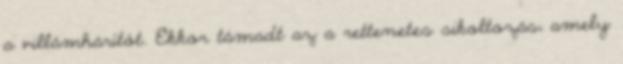
a villámhárítót. Ekkor támadt az a rettenetes sikoltozás, amely